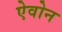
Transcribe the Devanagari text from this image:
ऐवोन